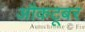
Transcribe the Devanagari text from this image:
औकटूबर